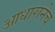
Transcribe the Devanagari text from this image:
आधारानेच